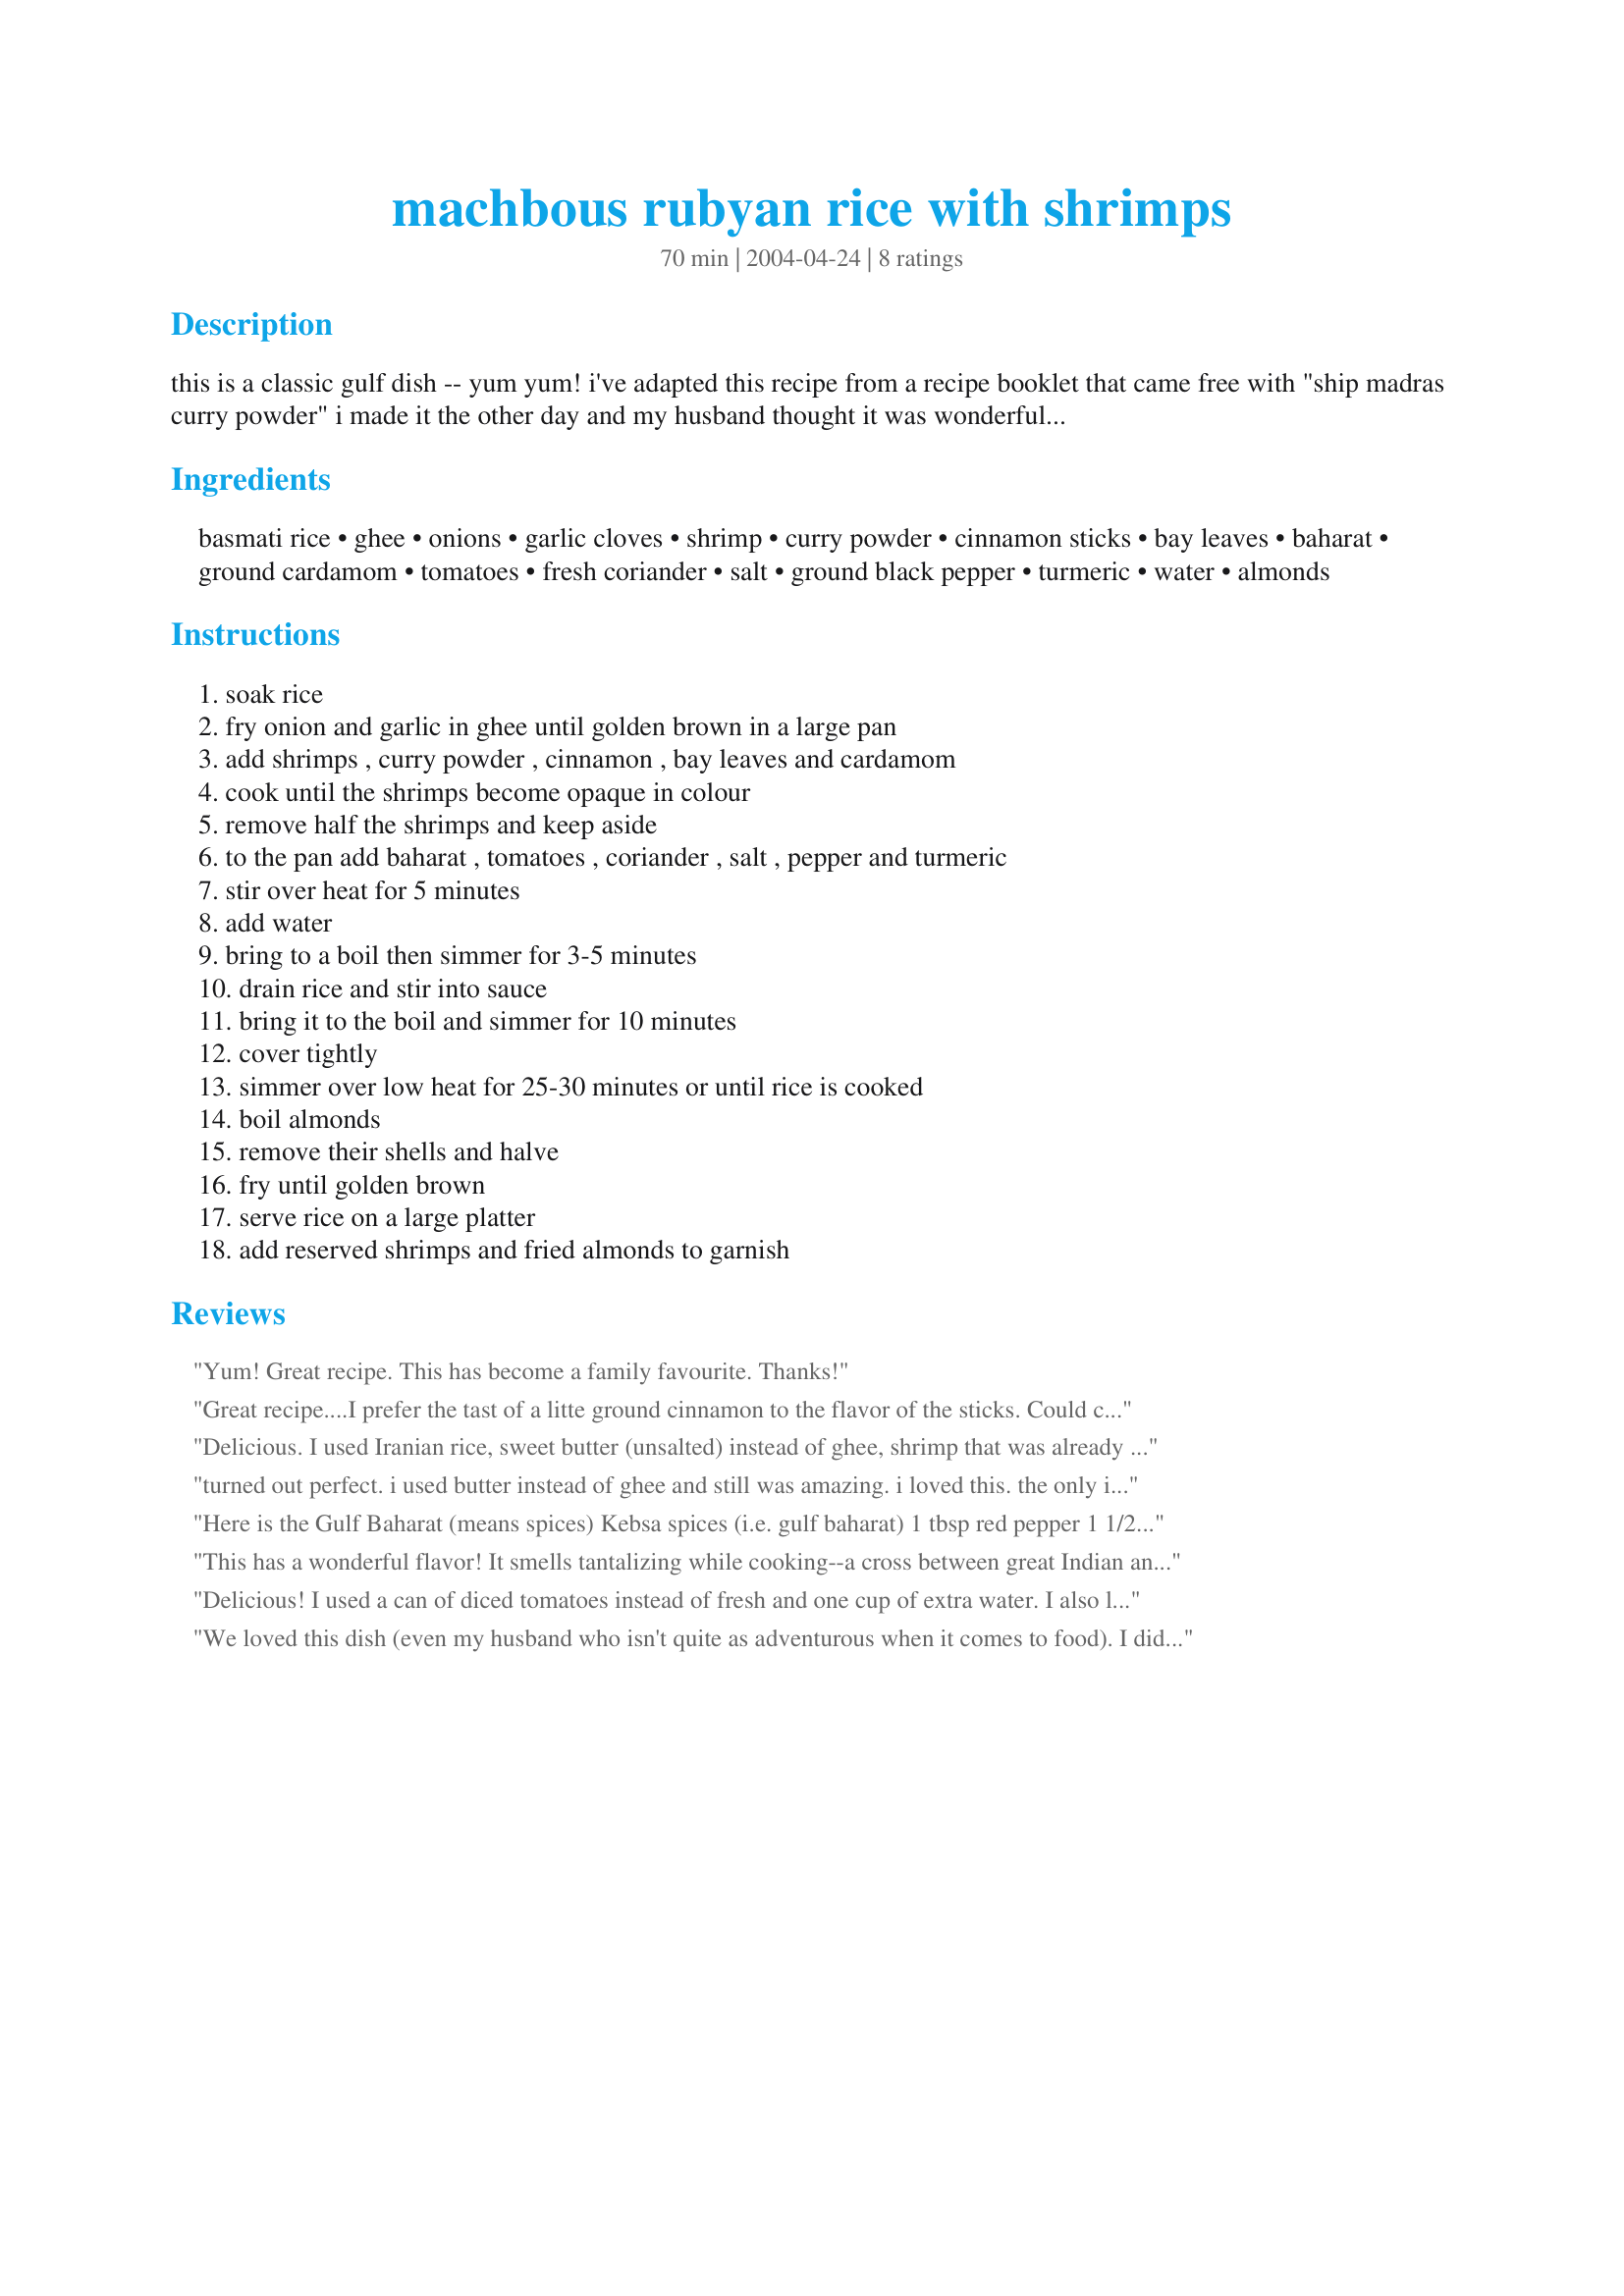
machbous rubyan rice with shrimps
Preparation time: 70 minutes

this is a classic gulf dish -- yum yum! i've adapted this recipe from a recipe booklet that came free with "ship madras curry powder" i made it the other day and my husband thought it was wonderful! serve with a nice, colourful salad, otherwise it'll look a bit yellow yellow yellow! next time i want to try putting whole king prawns on top to add a bit of colour!

Ingredients:
basmati rice, ghee, onions, garlic cloves, shrimp, curry powder, cinnamon sticks, bay leaves, baharat, ground cardamom, tomatoes, fresh coriander, salt, ground black pepper, turmeric, water, almonds

Steps:
soak rice, fry onion and garlic in ghee until golden brown in a large pan, add shrimps , curry powder , cinnamon , bay leaves and cardamom, cook until the shrimps become opaque in colour, remove half the shrimps and keep aside, to the pan add baharat , tomatoes , coriander , salt , pepper and turmeric, stir over heat for 5 minutes, add water, bring to a boil then simmer for 3-5 minutes, drain rice and stir into sauce, bring it to the boil and simmer for 10 minutes, cover tightly, simmer over low heat for 25-30 minutes or until rice is cooked, boil almonds, remove their shells and halve, fry until golden brown, serve rice on a large platter, add reserved shrimps and fried almonds to garnish

Reviews:
Yum! Great recipe. This has become a family favourite. Thanks!
Great recipe....I prefer the tast of a litte ground cinnamon to the flavor of the sticks. Could chopped fresh coriander also be called cilantro? I think corinder is the seed of cilantro. Any way I made it with chopped fresh cilantro(which also makes a nice garnish) and it turned out wonderful .... especially with extra slivered almonds! This has become a regular dish in our house!
Delicious. I used Iranian rice, sweet butter (unsalted) instead of ghee, shrimp that was already cooked, I added it after the first set of spices in the onions/garlic mixture and cooked less time, recipe#442889, homemade baharat like recipe#79179, whole cardamom pods crushed slightly, canned plum tomatoes, the cilantro adding more raw as a garnish for colour, sea salt, to taste, freshly ground black pepper, to taste, as much water as I usually use to cook rice, no almonds because of an allergy here, plus the rest of the ingredients. I served this with recipe#135390, which was a nice accompaniment, recipe#387327 because I think it is traditional (but I think it would have been better with yogurt). Because of shrimp allergies here we may not be able to have this again but it is a tasty meal.
turned out perfect. i used butter instead of ghee and still was amazing. i loved this. the only issue was that i had to wash my hair twice after making it coz the smell of all the spices caught on.
Here is the Gulf Baharat (means spices)

Kebsa spices (i.e. gulf baharat)
1 tbsp red pepper
1 1/2 tsp cumin
1 1/2 tsp cinnamon
1 tsp cloves
1 tsp black pepper
1 tsp ground cardamom
1 tsp nutmeg
1 tsp ground coriander
1 tsp ground noomi basra (dried lemon or lime)

Dried Lime or Loomi (Oman Lime or Black limes can be found on internet) can be sustitute par Lime Juice
4 Loomi (limes) = Juice of one half lime.


Thank you for the recipe, looks yummy, I will try.
This has a wonderful flavor! It smells tantalizing while cooking--a cross between great Indian and Middle Eastern food. I do recommend trying to get the bharat spice or a Lebanese 7 spice blend which is about the same thing. It is mostly pepper and cinnamon but there are a few other sweet aromatic spices thrown in. I had to use about 1 extra cup of water to get this recipe completed, as it was drying out too quickly as it cooked and the rice would not have been done otherwise. My husband wanted to try this with some harissa and liked that, although I just preferred the milder, more complex spiciness of the aromatics to come through. Very good dish, I will definitely make again! Thanks much!
Delicious! I used a can of diced tomatoes instead of fresh and one cup of extra water. I also left out the almonds. It turned out perfect. I love baharat. I found some at my local Albertson's.
We loved this dish (even my husband who isn't quite as adventurous when it comes to food). I didn't have time to shop for the baharat so I followed SueL's advise and used the Lebanese 7 spice. But this still was a wonderful dish. I also found that I needed to add extra water for the rice. I can't wait to make this again and I'll be sure to have the baharat. Thank you so much for sharing this great recipe, Baraahnz. What a delight!
